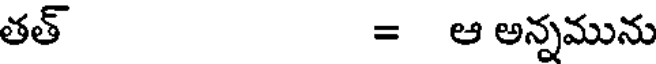
తత్ = ఆ అన్నమును